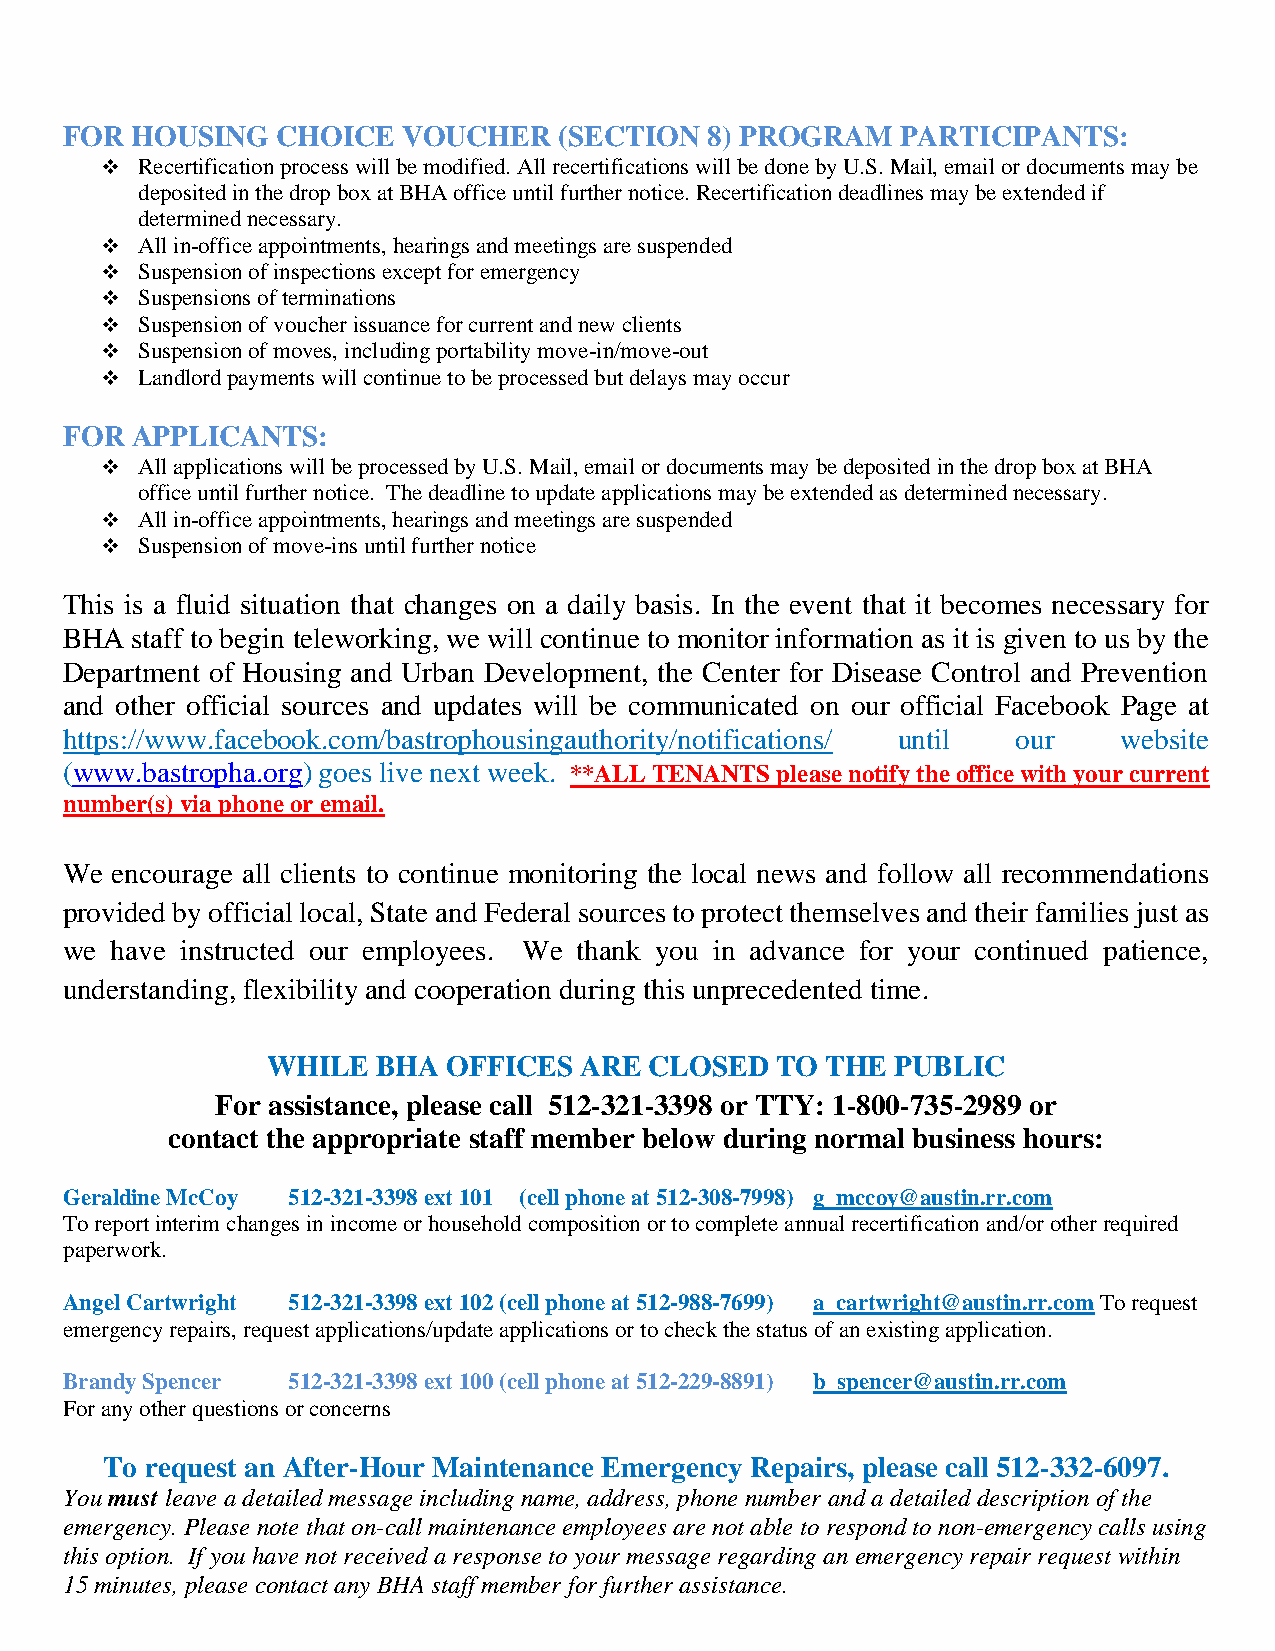
FOR  HOUSING  CHOICE   VOUCHER   (SECTION  8) PROGRAM   PARTICIPANTS:
 ❖ Recertification process will be modified. All recertifications will be done by U.S. Mail, email or documents may be
 deposited in the drop box at BHA office until further notice. Recertification deadlines may be extended if
 determined necessary.
 ❖ All in-office appointments, hearings and meetings are suspended
 ❖ Suspension of inspections except for emergency
 ❖ Suspensions of terminations
 ❖ Suspension of voucher issuance for current and new clients
 ❖ Suspension of moves, including portability move-in/move-out
 ❖ Landlord payments will continue to be processed but delays may occur
 FOR  APPLICANTS:
 ❖ All applications will be processed by U.S. Mail, email or documents may be deposited in the drop box at BHA
 office until further notice. The deadline to update applications may be extended as determined necessary.
 ❖ All in-office appointments, hearings and meetings are suspended
 ❖ Suspension of move-ins until further notice
 This is a fluid situation that changes on a daily basis. In the event that it becomes necessary for
 BHA  staff to begin teleworking, we will continue to monitor information as it is given to us by the
 Department of Housing and Urban Development, the Center for Disease Control and Prevention
 and other official sources and updates will be communicated on our official Facebook Page at
 https://www.facebook.com/bastrophousingauthority/notifications/ until our website
 (www.bastropha.org) goes live next week. **ALL TENANTS please notify the office with your current
 number(s) via phone or email.
 We encourage all clients to continue monitoring the local news and follow all recommendations
 provided by official local, State and Federal sources to protect themselves and their families just as
 we have instructed our employees. We thank you in advance for your continued patience,
 understanding, flexibility and cooperation during this unprecedented time.
 WHILE  BHA  OFFICES ARE  CLOSED  TO  THE PUBLIC
 For assistance, please call 512-321-3398 or TTY: 1-800-735-2989 or
 contact the appropriate staff member below during normal business hours:
 Geraldine McCoy 512-321-3398 ext 101 (cell phone at 512-308-7998) g_mccoy@austin.rr.com
 To report interim changes in income or household composition or to complete annual recertification and/or other required
 paperwork.
 Angel Cartwright 512-321-3398 ext 102 (cell phone at 512-988-7699) a_cartwright@austin.rr.com To request
 emergency repairs, request applications/update applications or to check the status of an existing application.
 Brandy Spencer 512-321-3398 ext 100 (cell phone at 512-229-8891) b_spencer@austin.rr.com
 For any other questions or concerns
 To request an After-Hour Maintenance Emergency Repairs, please call 512-332-6097.
 You must leave a detailed message including name, address, phone number and a detailed description of the
 emergency. Please note that on-call maintenance employees are not able to respond to non-emergency calls using
 this option. If you have not received a response to your message regarding an emergency repair request within
 15 minutes, please contact any BHA staff member for further assistance.